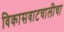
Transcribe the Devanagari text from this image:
विकासवाटचालीचा